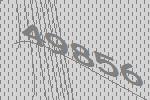
49856